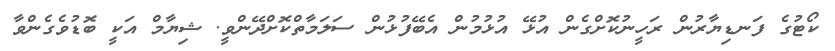
ކޯޓުގެ ފަނޑިޔާރުން ރަހީނުކޮށްގެން އުޅޭ އުޅުމުން އެބޭފުޅުން ސަލަމާތްކޮށްދޭންވީ. ޝިޔާމް އަކީ ބޮޑުވެގެންވާ